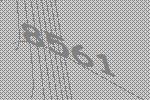
8561